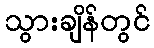
သွားချိန်တွင်